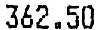
362.50